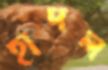
হাদল